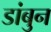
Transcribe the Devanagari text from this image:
डांबुन